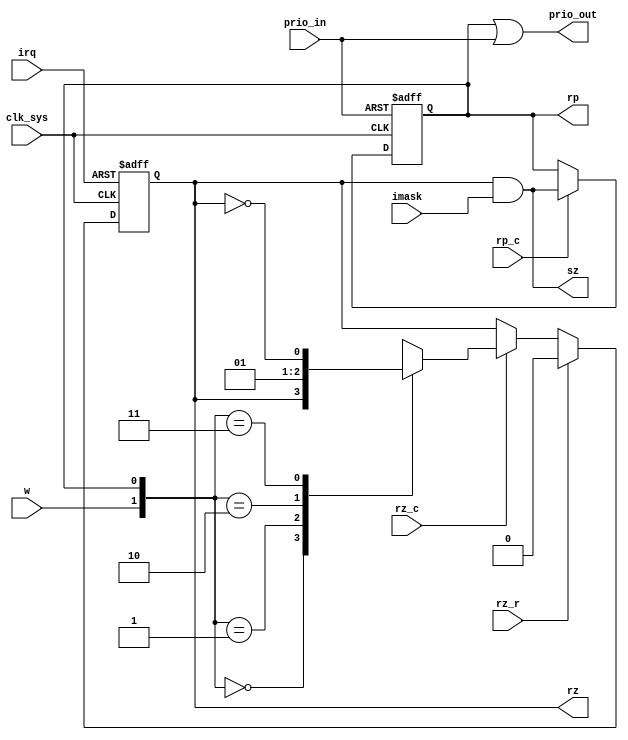
module rzrp(
	input clk_sys,
	input imask,		// interrupt mask
	input irq,			// async irq source
	input w,				// clocked irq source
	input rz_c,			// irq clock
	input rz_r,			// irq clear
	input rp_c,			// interrupt service clock
	input prio_in,	// interrupt priority chain input
	output rz,			// irq
	output sz,			// irq & mask
	output rp,			// interrupt service register
	output prio_out	// interrupt priority chain output
);

	assign sz = rz & imask;

	always @ (posedge clk_sys, posedge irq) begin
		if (irq) rz <= 1'b1;
		else if (rz_r) rz <= 1'b0;
		else if (rz_c) case ({w, rp})
			2'b00 : rz <= rz;
			2'b01 : rz <= 1'b0;
			2'b10 : rz <= 1'b1;
			2'b11 : rz <= ~rz;
		endcase
	end

	// NOTE: rp_c should be too long to be a clock enable signal here, but it seems to work just fine
	always @ (posedge clk_sys, posedge prio_in) begin
		if (prio_in) rp <= 1'b0;
		else if (rp_c) rp <= sz;
	end

	assign prio_out = rp | prio_in;

endmodule